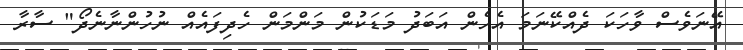
އޭނަވެސް ވާހަކަ ދެއްކޭނަމަ އެހެން އަބަދު މަޑަކުން މަންމަން ހެދިފައެއް ނުހުންނާނެދޯ" ސާރާ